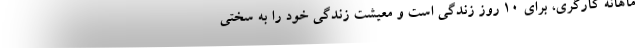
ماهانه کارگری، برای 10 روز زندگی است و معیشت زندگی خود را به سختی